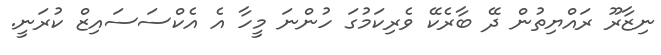
ނިޒާރޫ ރައްޔިތުން ދޭ ބާރެކޭ ވެރިކަމުގަ ހުންނަ މީހާ އެ އެކްސަސައިޒް ކުރަނީ.